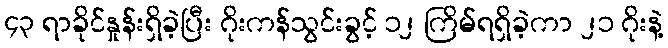
၄၃ ရာခိုင်နှုန်းရှိခဲ့ပြီး ဂိုးကန်သွင်းခွင့် ၁၂ ကြိမ်ရရှိခဲ့ကာ ၂၁ ဂိုးနဲ့